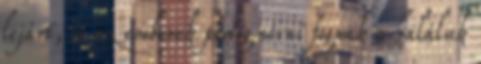
lejárt, és az emberek pedig sírni fognak a haláluk